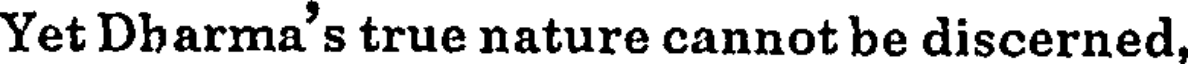
Yet Dharma's true nature cannot be discerned